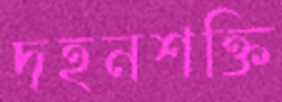
দহনশক্তি